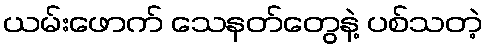
ယမ်းဖောက် သေနတ်တွေနဲ့ ပစ်သတဲ့